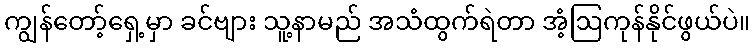
ကျွန်တော့်ရှေ့မှာ ခင်ဗျား သူ့နာမည် အသံထွက်ရဲတာ အံ့ဩကုန်နိုင်ဖွယ်ပဲ။